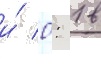
и́ 0: 1 в